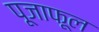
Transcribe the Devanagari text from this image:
पूजाफूल